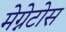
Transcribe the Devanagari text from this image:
मेग्नेटोस